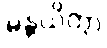
မန္တယိတွာ